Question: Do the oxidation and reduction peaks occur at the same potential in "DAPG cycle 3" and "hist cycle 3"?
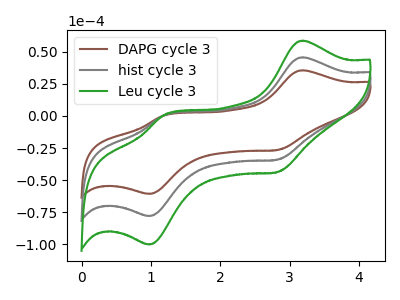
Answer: <think>The brown curve "DAPG cycle 3" has anodic peaks at (3.20V, 35.60uA) (1.20V, 0.40uA) and cathodic peaks at (2.85V, -26.50uA) (1.00V, -60.75uA). The gray curve "hist cycle 3" has anodic peaks at (3.20V, 45.70uA) (1.20V, 0.55uA) and cathodic peaks at (2.85V, -34.00uA) (1.00V, -78.05uA). The green curve "Leu cycle 3" has anodic peaks at (3.20V, 91.40uA) (1.20V, 1.05uA) and cathodic peaks at (2.85V, -68.00uA) (1.00V, -156.05uA).</think>
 <answer>Yes, "DAPG cycle 3" have a peak in "hist cycle 3" at the same potential.</answer>
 <eval>match</eval>